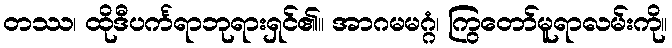
တဿ၊ ထိုဒီပင်္ကရာဘုရားရှင်၏။ အာဂမမဂ္ဂံ၊ ကြွတော်မူရာလမ်းကို။